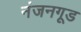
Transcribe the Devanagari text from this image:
नंजनगूड